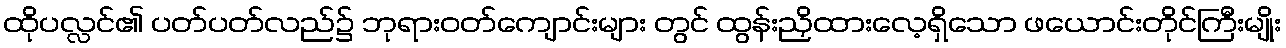
ထိုပလ္လင်၏ ပတ်ပတ်လည်၌ ဘုရားဝတ်ကျောင်းများ တွင် ထွန်းညှိထားလေ့ရှိသော ဖယောင်းတိုင်ကြီးမျိုး